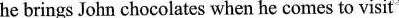
he brings John chocolates when he comes to \underline{visit}①